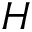
{ \cal H }